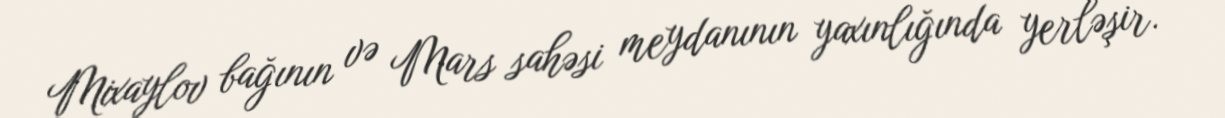
Mixaylov bağının və Mars sahəsi meydanının yaxınlığında yerləşir.